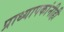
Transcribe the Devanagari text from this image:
प्राध्यापकांनीही